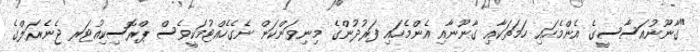
"ގާނޫނުއަސާސީގެ އެންމެހައި ހަމަތަކާއި ގާނޫނާއި އެންމެހައި ފަރުދުންގެ މިނިވަންކަން ނެގެހެއްޓުމަކީވެސް ޕްރޮސިކިއުޓަރ ޖެނެރަލްގެ